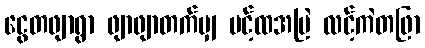
ငွေတဖျာရွာ ဖျာဖျာတက်မျှ ပင့်ထအမြဲ လင့်ကဲတဖြာ